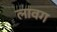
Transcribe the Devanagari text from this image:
लावग